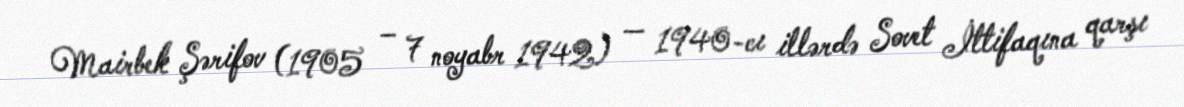
Mairbek Şərifov (1905 – 7 noyabr 1942) — 1940-cı illərdə Sovet İttifaqına qarşı